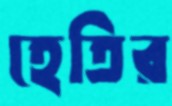
হেতির